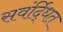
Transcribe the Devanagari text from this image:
सवंर्द्धित